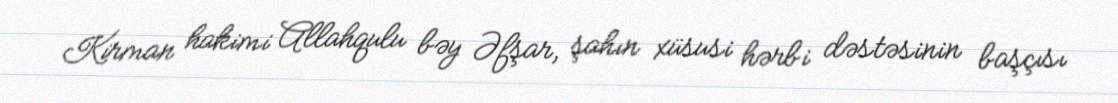
Kirman hakimi Allahqulu bəy Əfşar, şahın xüsusi hərbi dəstəsinin başçısı